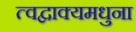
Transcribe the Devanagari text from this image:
त्वद्वाक्यमधुना